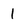
Character: 1